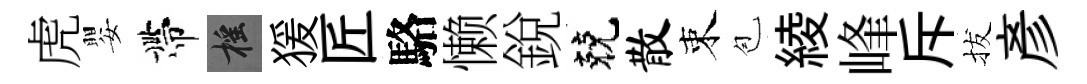
虎嬰帶摇猨匠駱懒銳兢散束苞綾峰斥拔彥